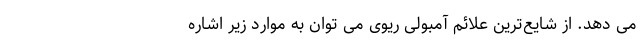
می دهد. از شایع‌ترین علائم آمبولی ریوی می توان به موارد زیر اشاره